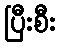
ပြီးစီး